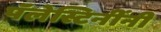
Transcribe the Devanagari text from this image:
पॅलेस्टिनींनी